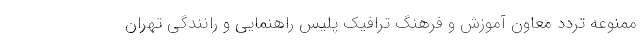
ممنوعه تردد معاون آموزش و فرهنگ ترافیک پلیس راهنمایی و رانندگی تهران